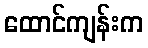
ထောင်ကျန်းက